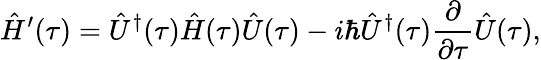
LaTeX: \hat{H}^{\prime}(\tau)=\hat{U}^{\dagger}(\tau)\hat{H}(\tau)\hat{U}(\tau)-i\hbar\hat{U}^{\dagger}(\tau)\frac{\partial}{\partial\tau}\hat{U}(\tau),